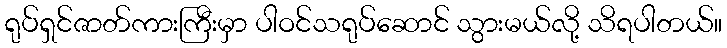
ရုပ်ရှင်ဇာတ်ကားကြီးမှာ ပါဝင်သရုပ်ဆောင် သွားမယ်လို့ သိရပါတယ်။